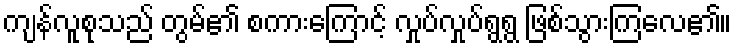
ကျန်လူစုသည် တွမ်၏ စကားကြောင့် လှုပ်လှုပ်ရွရွ ဖြစ်သွားကြလေ၏။